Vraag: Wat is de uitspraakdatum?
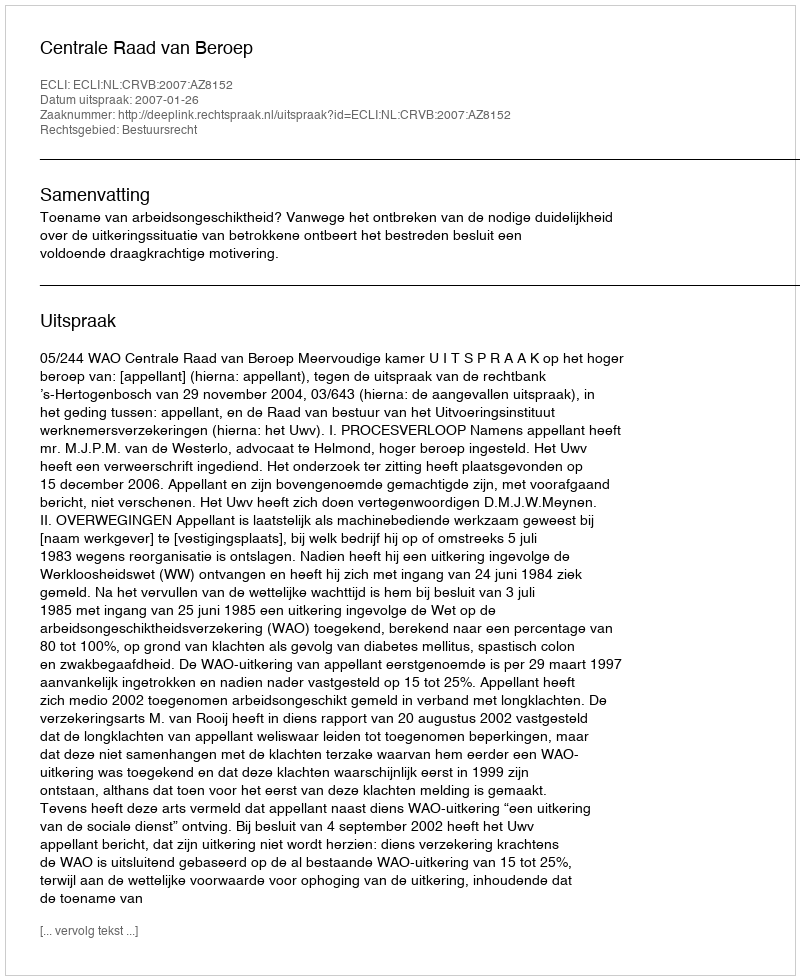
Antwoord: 2007-01-26